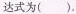
达式为()。